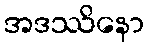
အဒဿိနော